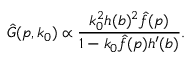
\hat { G } ( p , k _ { 0 } ) \propto { \frac { k _ { 0 } ^ { 2 } h ( b ) ^ { 2 } \hat { f } ( p ) } { 1 - k _ { 0 } \hat { f } ( p ) h ^ { \prime } ( b ) } } .